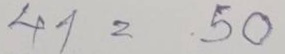
41 = 50